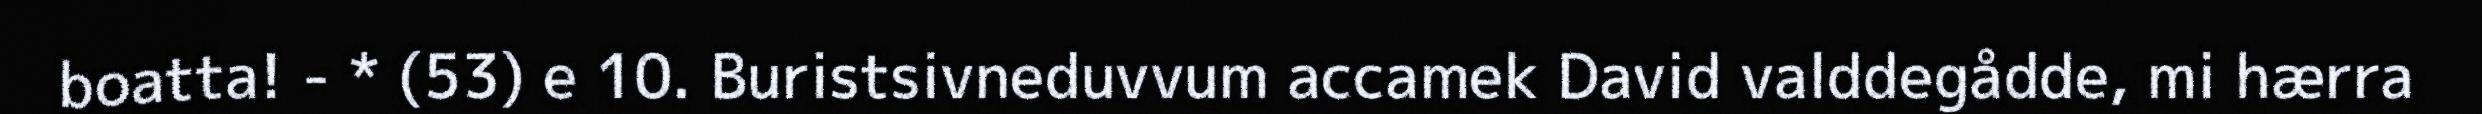
boatta! - * (53) e 10. Buristsivneduvvum accamek David valddegådde, mi hærra